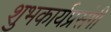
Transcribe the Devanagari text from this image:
शुभकार्यप्रसंगी